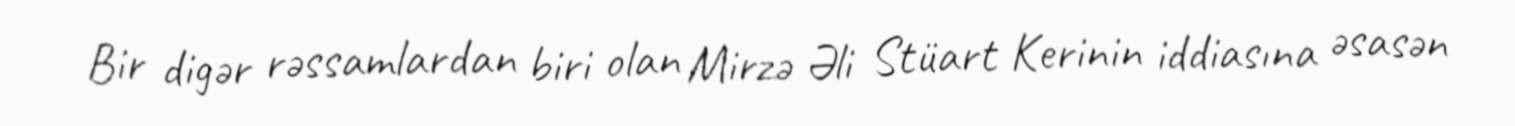
Bir digər rəssamlardan biri olan Mirzə Əli Stüart Kerinin iddiasına əsasən